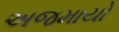
અજમાયો